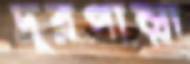
দূরপাল্লা